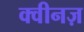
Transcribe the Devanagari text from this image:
क्वीनज़